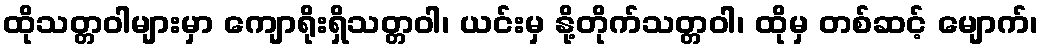
ထိုသတ္တဝါများမှာ ကျောရိုးရှိသတ္တဝါ၊ ယင်းမှ နို့တိုက်သတ္တဝါ၊ ထိုမှ တစ်ဆင့် မျောက်၊